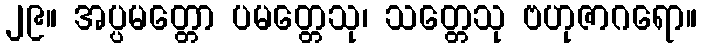
၂၉။ အပ္ပမတ္တော ပမတ္တေသု၊ သတ္တေသု ဗဟုဇာဂရော။